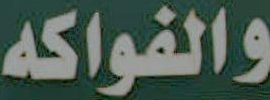
والفواكه